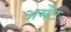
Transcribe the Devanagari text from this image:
अर्मेंट